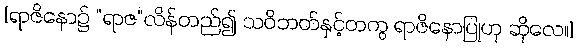
[ရာဇိနော၌ “ရာဇ”လိန်တည်၍ သဝိဘတ်နှင့်တကွ ရာဇိနောပြုဟု ဆိုလေ။]